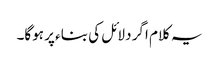
یہ کلام اگر دلائل کی بناء پر ہوگا۔